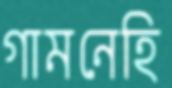
গামনেহি